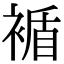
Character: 䙉